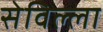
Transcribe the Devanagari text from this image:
सेविल्ला